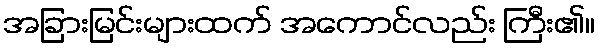
အခြားမြင်းများထက် အကောင်လည်း ကြီး၏။